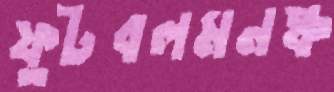
ফুটবলমনষ্ক